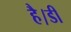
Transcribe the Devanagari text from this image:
है।डी